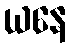
ယနေ